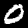
Label: 0